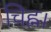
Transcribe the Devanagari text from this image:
चिह्न।